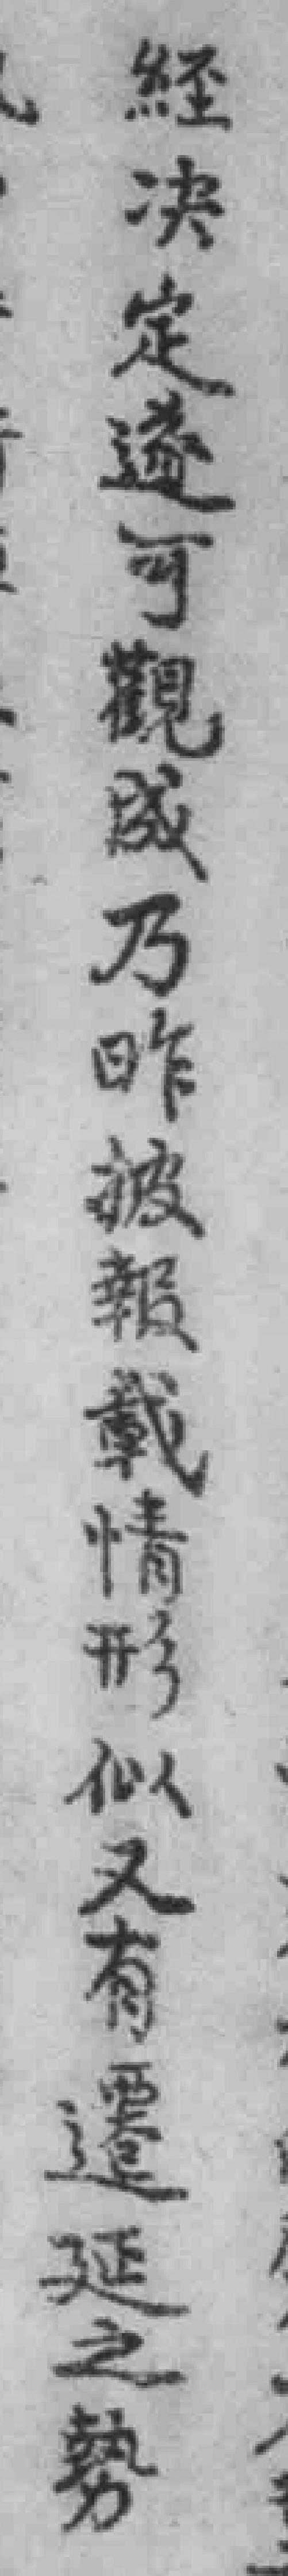
经決定遂可觀成乃昨披報載情形似又有遷延之勢